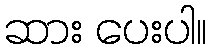
ဆား ပေးပါ။